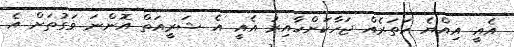
އެއީ އިއްޔެ ހަތަރެއް ޖަހާކަށްހާއިރު އެއީ އެ ޝަރީއަތް އޮންނަ ވަގުތަށް އެ